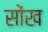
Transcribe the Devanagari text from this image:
सोंख